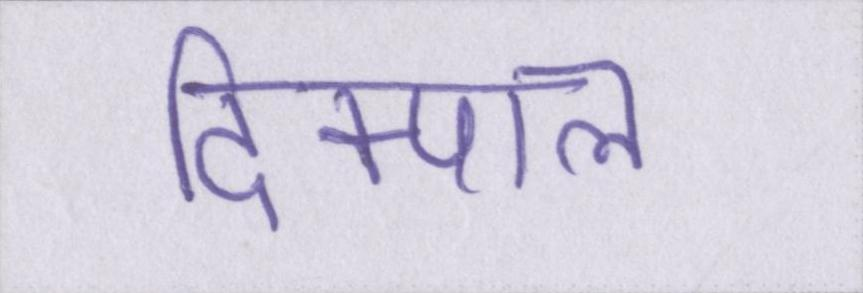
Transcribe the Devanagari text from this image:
दिक्पाल